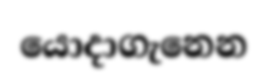
යොදාගැනෙන